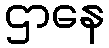
ဌာနေ